Vabadussoja_Ajaloo_Komitee, lk 9
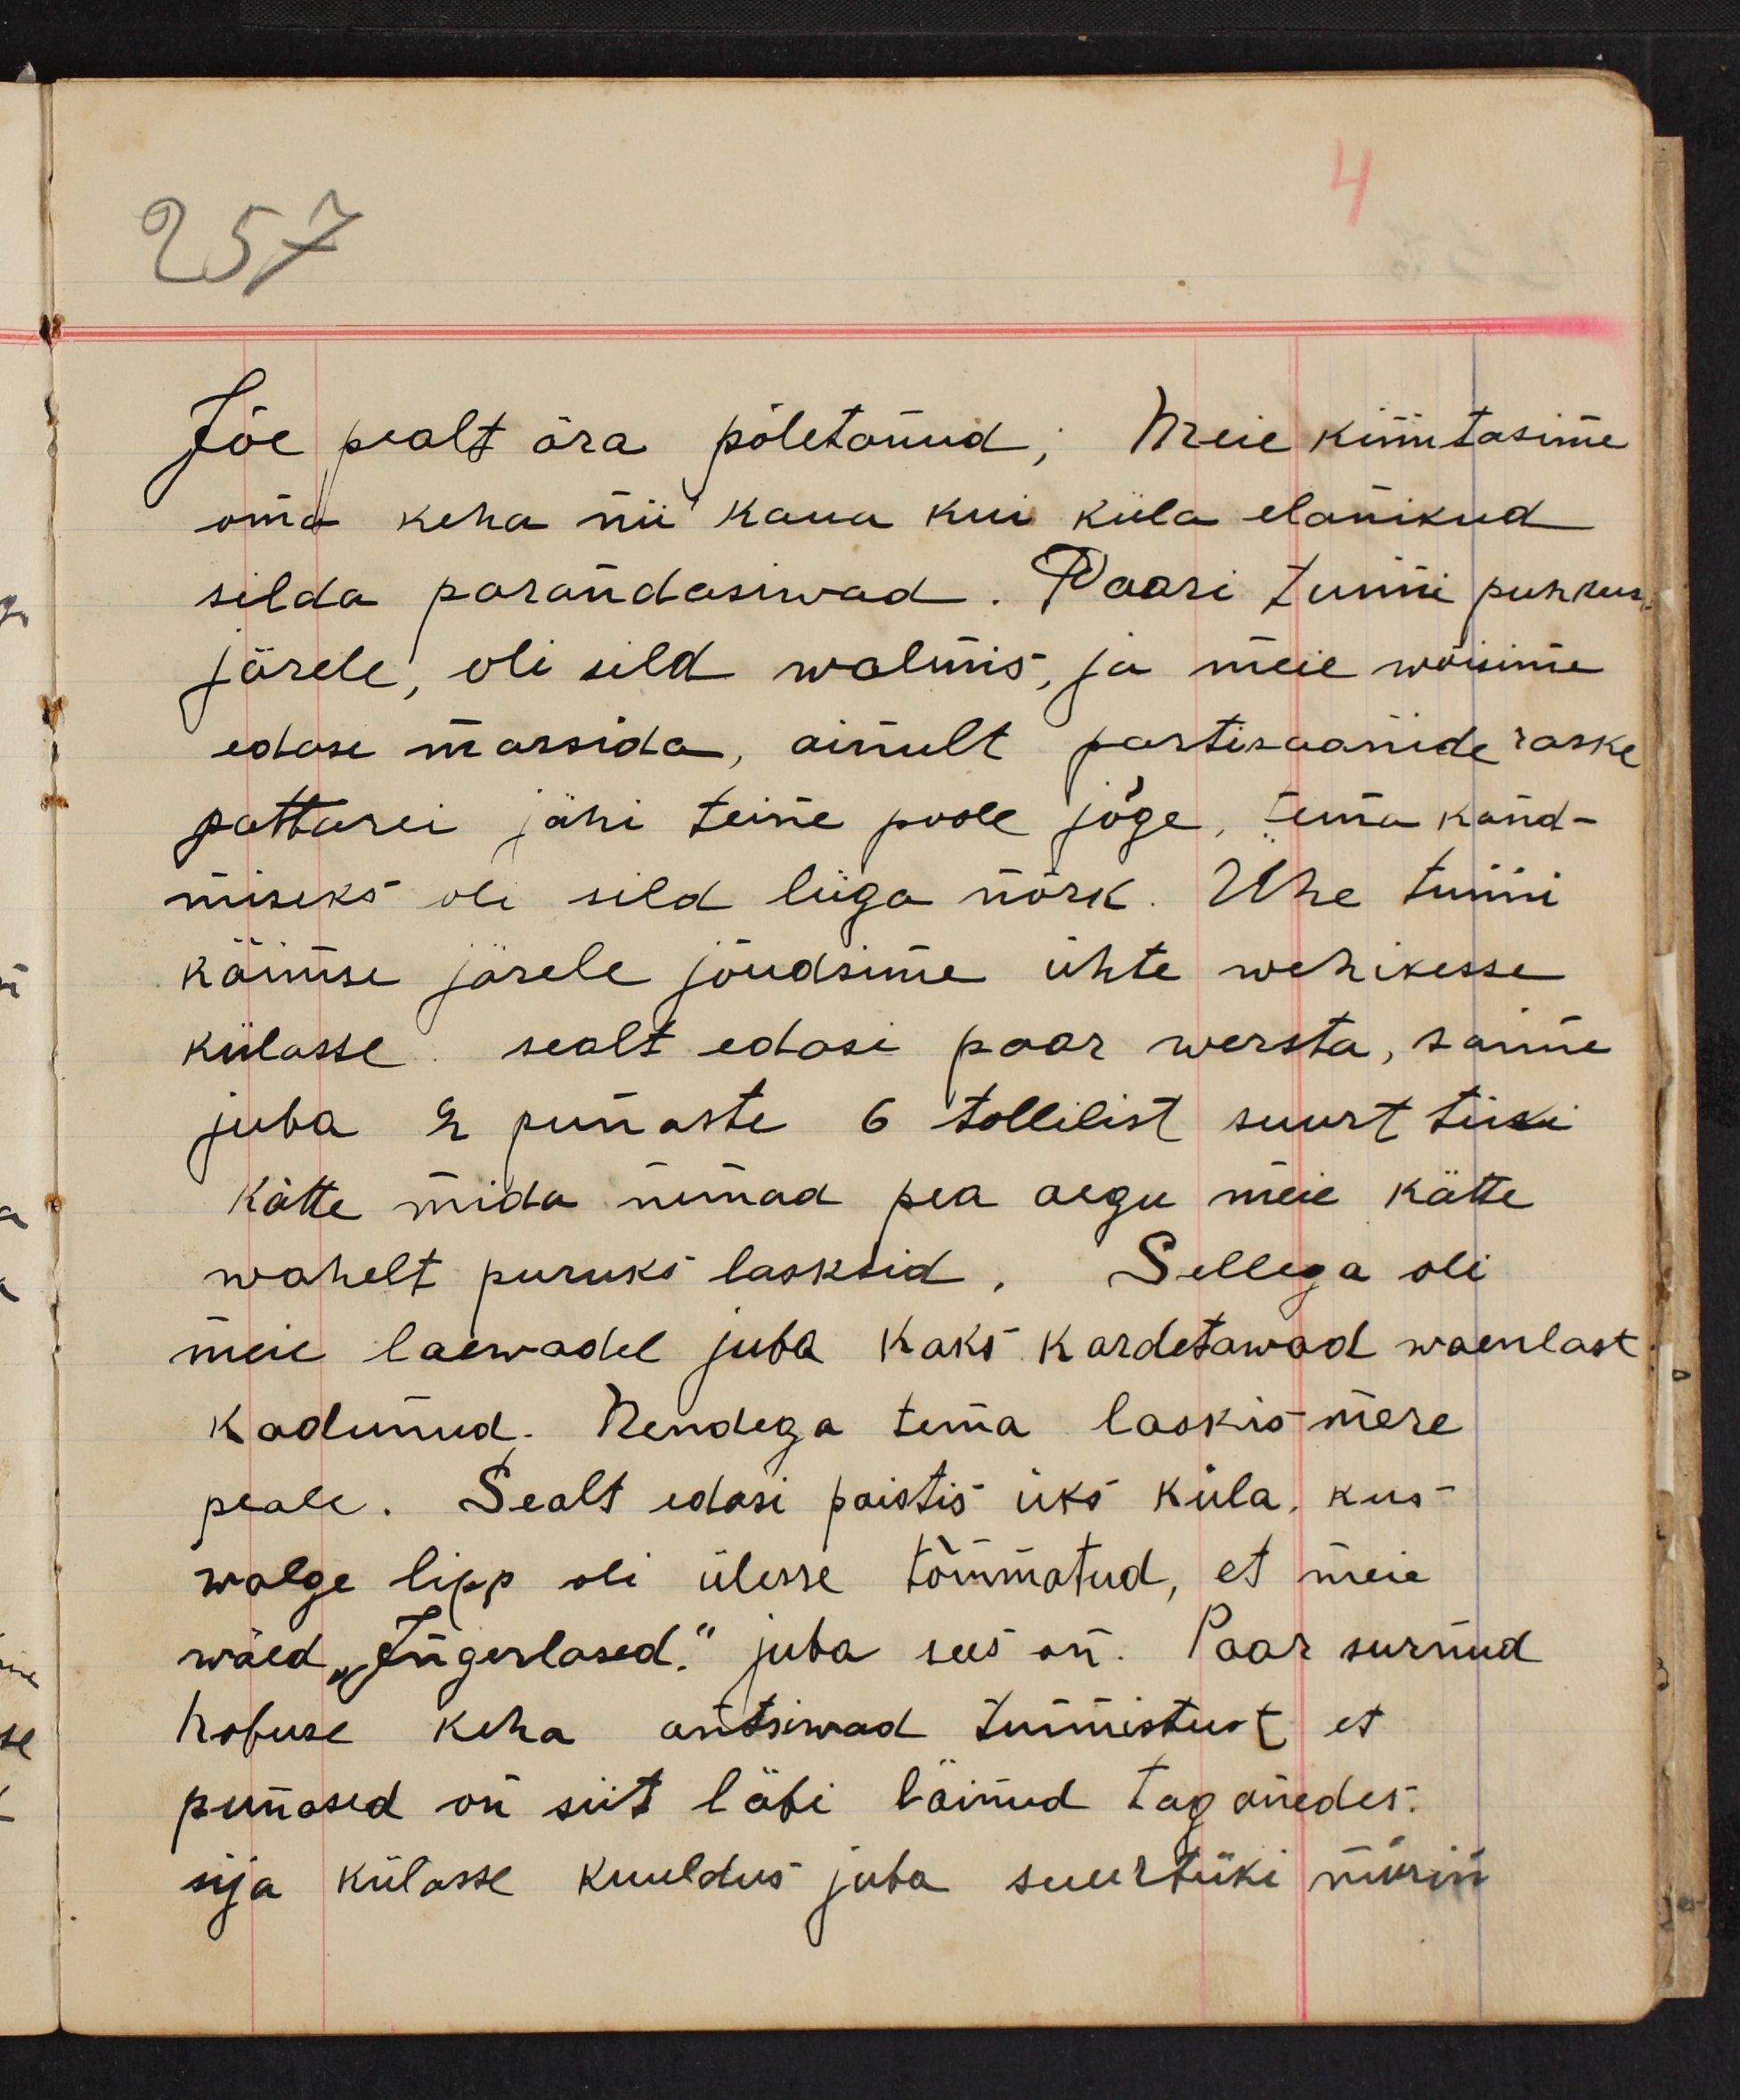
Jõe pealt ära põletanud; Meie kinnitasime
oma keha nii kaua kui küla elanikud
silda parandasiwad. Paari tunni puhkuse
järele, oli sild walmis, ja meie wõisime
edasi marssida, ainult partisaanide raske
pattarei jähi teine poole jõge, tema kand-
miseks oli sild liiga nõrk. Ühe tunni
käimise järele jõudsime ühte wehikesse
külasse sealt edasi paar wersta, saime
juba 2 punaste 6 tollilist suurt tükki
kätte mida nemad pea aegu meie kätte
wahelt puruks lasksid. Sellega oli
meie laewadel juba kaks kardetawad waenlast
kadunud. Nendega tema laskis mere
peale. Sealt edasi paistis üks küla, kus
walge lipp oli ülesse tõmmatud, et meie
wäed "Ingerlased." juba sees on. Paar surnud
hobuse keha antsiwad tunnistust et
punased on siit läbi läinud taganedes
sija külasse kuuldus juba suurtüki mürin